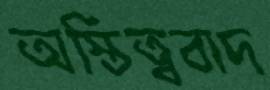
অস্তিত্ববাদ